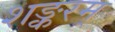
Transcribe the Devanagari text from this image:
शङ्करम्